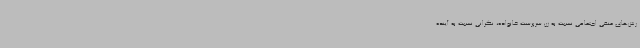
رش‌های منفی اجتماعی نسبت به زن سرپرست خانواده، نگرانی نسبت به آینده